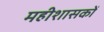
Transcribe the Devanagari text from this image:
महीशासकों